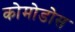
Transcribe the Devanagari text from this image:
कोमोडोस